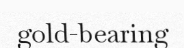
gold-bearing